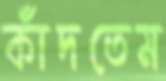
কাঁদতেম